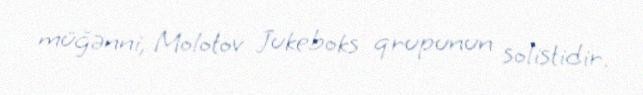
müğənni, Molotov Jukeboks qrupunun solistidir.